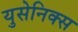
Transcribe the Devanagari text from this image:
युसेनिक्स